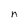
Character: n